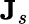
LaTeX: \mathbf{J}_{s}